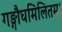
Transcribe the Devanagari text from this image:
गङ्गौघमिलितम्।